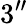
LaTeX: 3{^{\prime\prime}}